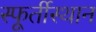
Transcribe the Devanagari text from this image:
स्फूर्तीस्थान